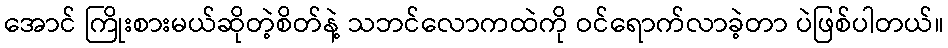
အောင် ကြိုးစားမယ်ဆိုတဲ့စိတ်နဲ့ သဘင်လောကထဲကို ဝင်ရောက်လာခဲ့တာ ပဲဖြစ်ပါတယ်။